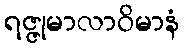
ရဇ္ဇုမာလာဝိမာနံ